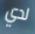
لدي